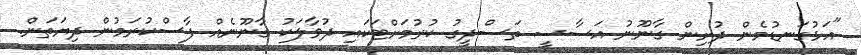
"އަޅުގަނޑުމެން ދުށިން ގާނޫނު އަސާސީ ތަސްދީގު ކުރުމަށްޓަކައި ދުވާލަކު ގާނޫނެއް ފާސްކުރަމުން ދިޔަތަން.